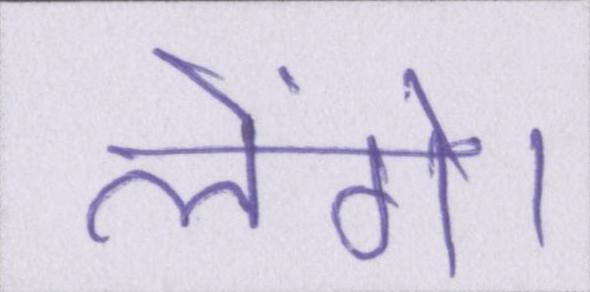
लेंगे।